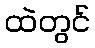
ထဲတွင်